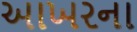
આખરના